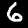
Digit: 6